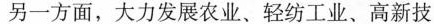
另一方面，大力发展农业、轻纺工业、高新技